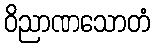
ဝိညာဏသောတံ